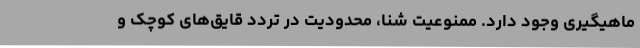
ماهیگیری وجود دارد. ممنوعیت شنا، محدودیت در تردد قایق‌های کوچک و